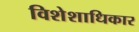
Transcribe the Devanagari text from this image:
विशेशाधिकार